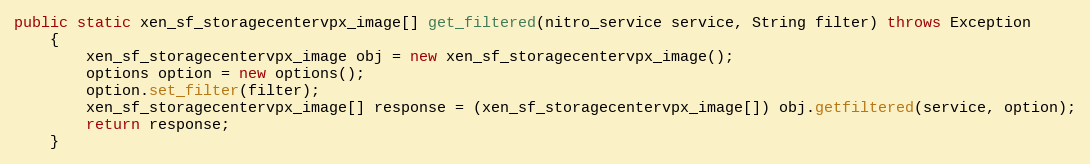
Language: Java
public static xen_sf_storagecentervpx_image[] get_filtered(nitro_service service, String filter) throws Exception
	{
		xen_sf_storagecentervpx_image obj = new xen_sf_storagecentervpx_image();
		options option = new options();
		option.set_filter(filter);
		xen_sf_storagecentervpx_image[] response = (xen_sf_storagecentervpx_image[]) obj.getfiltered(service, option);
		return response;
	}